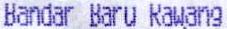
BANDAR BARU RAWANG